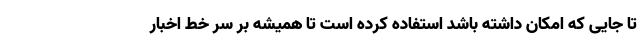
تا جایی که امکان داشته باشد استفاده کرده است تا همیشه بر سر خط اخبار